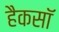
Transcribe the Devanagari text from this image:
हैकसॉ